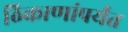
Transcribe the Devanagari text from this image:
ठिकाणांपर्यंत